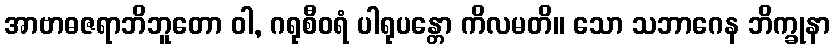
အာဗာဓဇရာဘိဘူတော ဝါ, ဂရုစီဝရံ ပါရုပန္တော ကိလမတိ။ သော သဘာဂေန ဘိက္ခုနာ